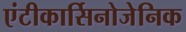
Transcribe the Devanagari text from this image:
एंटीकार्सिनोजेनिक